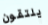
يلتقون